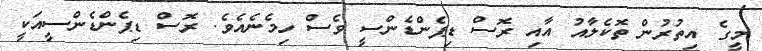
މީގެ އިތުރުން ތޮކެލާއު އާއި ރޮސް ޑިޕެންޑެންސީ ވެސް ހިމެނެއެވެ. ރޮސް ޑިޕެންޑެންސީއަކީ